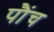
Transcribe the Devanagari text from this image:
पौंच